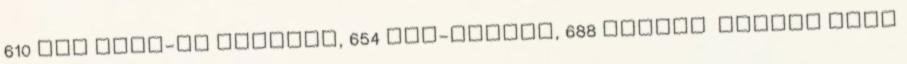
610 BMW Head-Up kijelző, 654 DAB-tunner, 688 Harman kardon HiFi